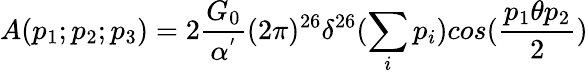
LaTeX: A(p_{1};p_{2};p_{3})=2\frac{G_{0}}{\alpha^{'}}(2\pi)^{26}\delta^{26}(\sum_{i}p_{i})cos(\frac{p_{1}\theta p_{2}}{2})